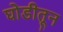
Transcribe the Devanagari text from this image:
घोडीतून